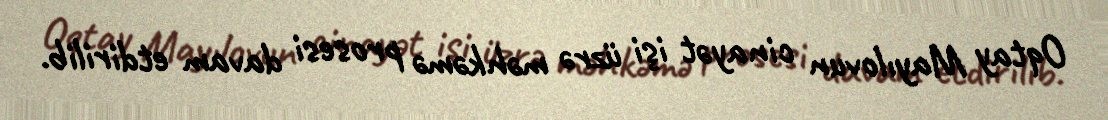
Oqtay Mayılovun cinayət işi üzrə məhkəmə prosesi davam etdirilib.